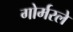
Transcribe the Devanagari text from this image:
गोर्मरले